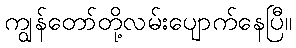
ကျွန်တော်တို့လမ်းပျောက်နေပြီ။